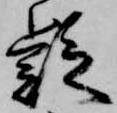
疑